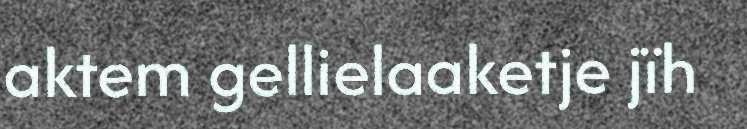
aktem gellielaaketje jïh